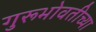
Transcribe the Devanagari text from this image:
गुरूभोवतीच्या